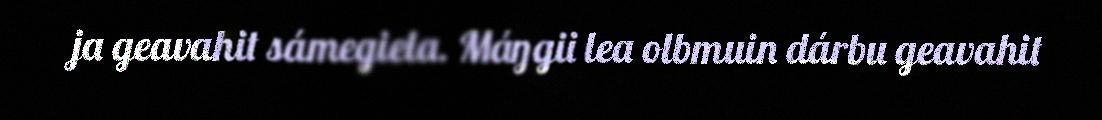
ja geavahit sámegiela. Máŋgii lea olbmuin dárbu geavahit